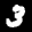
Label: 3